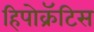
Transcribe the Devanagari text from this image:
हिपोक्रॅटिस